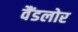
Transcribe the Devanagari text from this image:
वैंडलोर